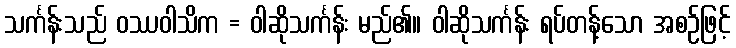
သင်္ကန်းသည် ဝဿဝါသိက = ဝါဆိုသင်္ကန်း မည်၏။ ဝါဆိုသင်္ကန်း ရပ်တန့်သော အစဉ်ဖြင့်